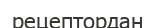
рецептордан